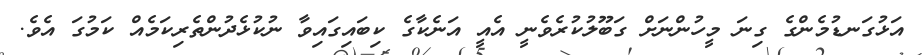
އަޅުގަނޑުމެންގެ ގިނަ މީހުންނަށް ގަބޫލުކުރެވެނީ އެއީ އަނެކާގެ ކިބައިގައިވާ ނުކުޅެދުންތެރިކަމެއް ކަމުގަ އެވެ.